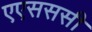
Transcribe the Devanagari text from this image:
एएसससी